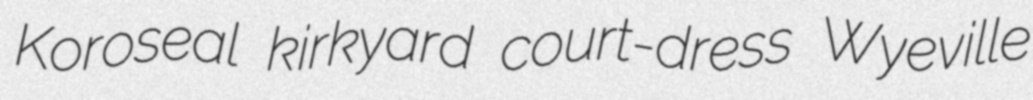
Koroseal kirkyard court-dress Wyeville